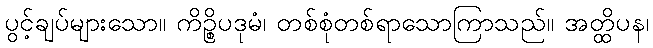
ပွင့်ချပ်များသော။ ကိဉ္စိပဒုမံ၊ တစ်စုံတစ်ရာသောကြာသည်။ အတ္ထိပန၊